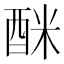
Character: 𮠩